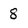
Character: 8